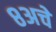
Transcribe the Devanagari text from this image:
८अचे